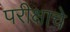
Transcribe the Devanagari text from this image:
परीक्षाचे